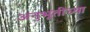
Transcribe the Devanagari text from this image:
अनुभूतीच्या